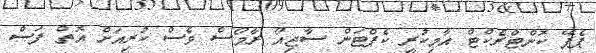
ޕެޕޭ ކޮންޓްރެކްޓް އާމިކުރީ ކެޕްޓަން ސާޖިއޯ ރާމޯސް ވެސް ކުރިއަށް އޮތް ފަސް